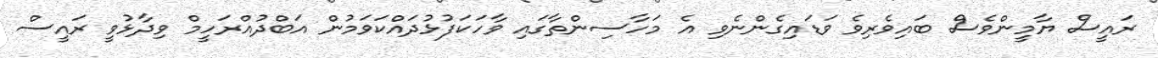
ރައީސް ޔާމީންވެސް ބައިވެރިވެ ވަޑައިގެންނެވި އެ މަހާސިންތާގައި ވާހަކަފުޅުދައްކަވަމުން އަބްދުއްރަހީމް ވިދާޅުވީ ރައީސް